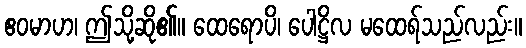
ဧဝမာဟ၊ ဤသို့ဆို၏။ ထေရောပိ၊ ပေါဋ္ဌိလ မထေရ်သည်လည်း။